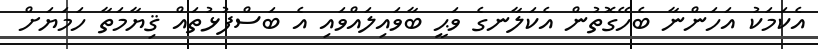
އެކަމަކު އަހަންނާ ބެހޭގޮތުން އެކަލާނގެ ވަޙީ ބާވައިލައްވައި އެ ބަސްފުޅުތައް ޤިޔާމަތާ ހަމަޔަށް